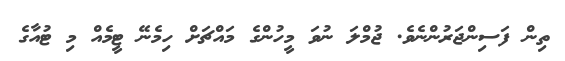
ތިން ފަސިންޖަރުންނެވެ. ޖުމްލަ ނުވަ މީހުންގެ މައްޗަށް ހިމެނޭ ޓީމެއް މި ޓުއާގެ